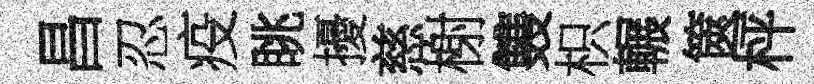
昌忍疫眺擾慈榭䨇枳輾篋枰